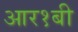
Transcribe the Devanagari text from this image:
आर१बी